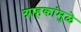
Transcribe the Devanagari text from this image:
ग्राहकांमुळे